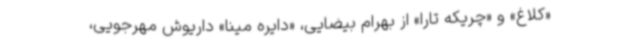
«کلاغ» و «چریکه تارا» از بهرام بیضایی، «دایره مینا» داریوش مهرجویی،